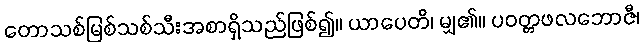
တောသစ်မြစ်သစ်သီးအစာရှိသည်ဖြစ်၍။ ယာပေတိ၊ မျှ၏။ ပဝတ္တဖလဘောဇီ၊